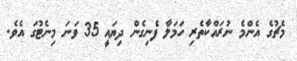
މެޗުގެ އެންމެ ނުރައްކާތެރި ހަމަލާ ފެނިގެން ދިޔައީ 35 ވަނަ މިނެޓުގަ އެވެ.